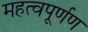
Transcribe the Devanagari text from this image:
महत्वपूर्णण